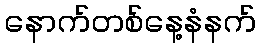
နောက်တစ်နေ့နံနက်